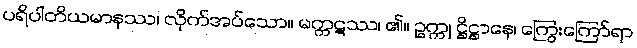
ပရိပါတိယမာနဿ၊ လိုက်အပ်သော။ မက္ကဋဿ၊ ၏။ ဥက္ကု ဋ္ဌိဋ္ဌာနေ၊ ကြွေးကြော်ရာ